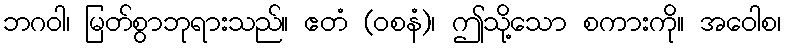
ဘဂဝါ၊ မြတ်စွာဘုရားသည်။ ဧတံ (ဝစနံ)၊ ဤသို့သော စကားကို။ အဝေါစ၊